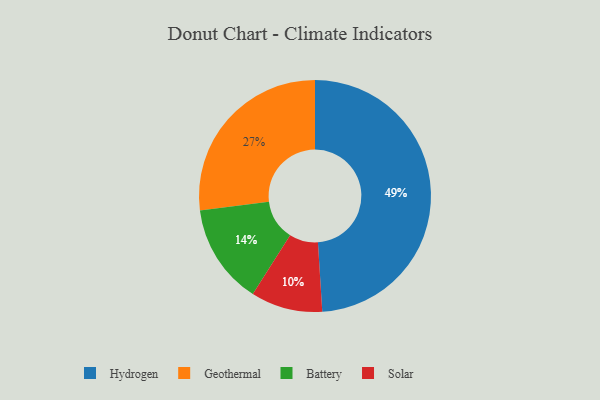
{"axis": {"x": "Category", "y": "Percentage"}, "legend": ["Battery", "Geothermal", "Hydrogen", "Solar"], "data": [{"x": "Geothermal", "y": 27, "type": "Geothermal"}, {"x": "Battery", "y": 14, "type": "Battery"}, {"x": "Hydrogen", "y": 49, "type": "Hydrogen"}, {"x": "Solar", "y": 10, "type": "Solar"}]}